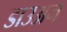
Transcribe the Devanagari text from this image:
डाउअन